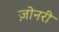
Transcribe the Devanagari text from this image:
ज़ोनरी